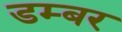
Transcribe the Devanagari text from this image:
डम्‍बर